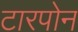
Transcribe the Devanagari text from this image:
टारपोन